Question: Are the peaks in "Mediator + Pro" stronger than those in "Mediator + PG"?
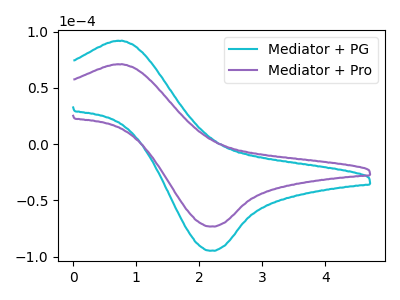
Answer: <think>The cyan curve "Mediator + PG" has an anodic peak at (0.75V, 91.80uA) and a cathodic peak at (2.20V, -94.80uA). The purple curve "Mediator + Pro" has an anodic peak at (0.75V, 70.95uA) and a cathodic peak at (2.20V, -73.25uA).</think>
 <answer>Every peak in "Mediator + Pro" is lower than every peak in "Mediator + PG".</answer>
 <eval>lower</eval>